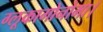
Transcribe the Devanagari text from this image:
ग्लूकागोनोमा।